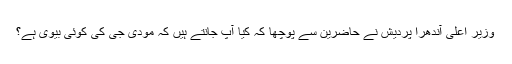
وزیر اعلیٰ آندھرا پردیش نے حاضرین سے پوچھا کہ کیا آپ جانتے ہیں کہ مودی جی کی کوئی بیوی ہے؟